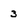
Character: 3